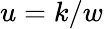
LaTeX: u=k/w